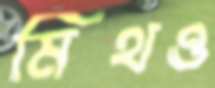
মিথও